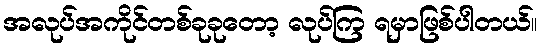
အလုပ်အကိုင်တစ်ခုခုတော့ လုပ်ကြ ရမှာဖြစ်ပါတယ်။